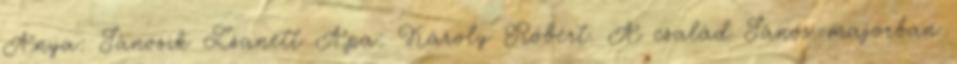
Anya: Jánosik Zsanett Apa: Károly Róbert. A család János-majorban